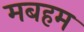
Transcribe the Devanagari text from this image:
मबहम